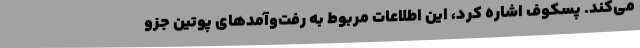
می‌کند. پسکوف اشاره کرد، این اطلاعات مربوط به رفت‌وآمدهای پوتین جزو